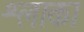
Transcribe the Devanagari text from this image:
श्लाका